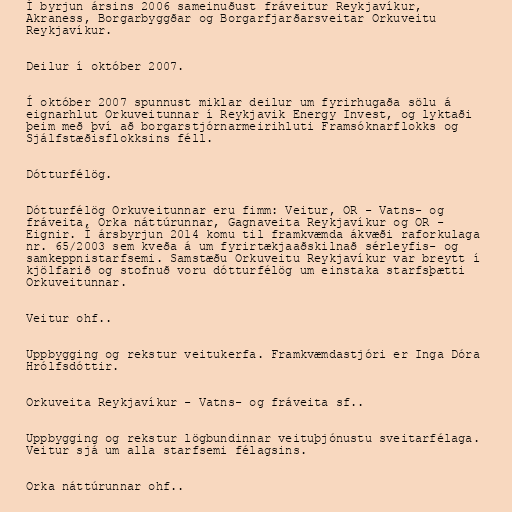
Í byrjun ársins 2006 sameinuðust fráveitur Reykjavíkur,
Akraness, Borgarbyggðar og Borgarfjarðarsveitar Orkuveitu
Reykjavíkur.

Deilur í október 2007.

Í október 2007 spunnust miklar deilur um fyrirhugaða sölu á
eignarhlut Orkuveitunnar í Reykjavik Energy Invest, og lyktaði
þeim með því að borgarstjórnarmeirihluti Framsóknarflokks og
Sjálfstæðisflokksins féll.

Dótturfélög.

Dótturfélög Orkuveitunnar eru fimm: Veitur, OR - Vatns- og
fráveita, Orka náttúrunnar, Gagnaveita Reykjavíkur og OR -
Eignir. Í ársbyrjun 2014 komu til framkvæmda ákvæði raforkulaga
nr. 65/2003 sem kveða á um fyrirtækjaaðskilnað sérleyfis- og
samkeppnistarfsemi. Samstæðu Orkuveitu Reykjavíkur var breytt í
kjölfarið og stofnuð voru dótturfélög um einstaka starfsþætti
Orkuveitunnar.

Veitur ohf..

Uppbygging og rekstur veitukerfa. Framkvæmdastjóri er Inga Dóra
Hrólfsdóttir.

Orkuveita Reykjavíkur - Vatns- og fráveita sf..

Uppbygging og rekstur lögbundinnar veituþjónustu sveitarfélaga.
Veitur sjá um alla starfsemi félagsins.

Orka náttúrunnar ohf..